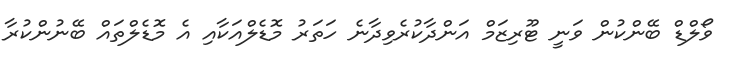
ވޯލްޑް ބޭންކުން ވަނީ ޓޫރިޒަމް އަންދާކުރެވިދާނެ ހަތަރު މޮޑެލްއަކާއި އެ މޮޑެލްތައް ބޭނުންކުރާ